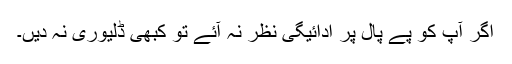
اگر آپ کو پے پال پر ادائیگی نظر نہ آئے تو کبھی ڈلیوری نہ دیں۔